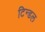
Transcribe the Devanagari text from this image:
टिन्डल